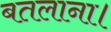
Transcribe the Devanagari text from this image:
बतलाना।